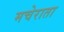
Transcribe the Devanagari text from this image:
मचेराता